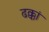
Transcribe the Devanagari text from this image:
ढक्कां